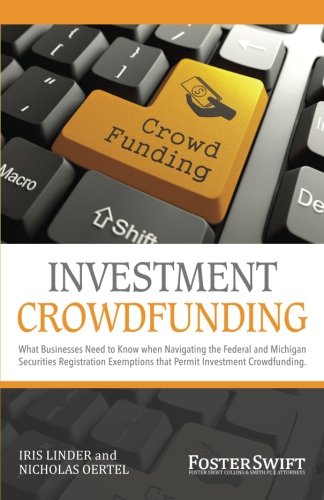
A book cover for Investment Crowdfunding: What Businesses Need to Know When Navigating the Federal and Michigan Securities Registration Exemptions that Permit Investment Crowdfunding; Iris Linder; Business & Money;